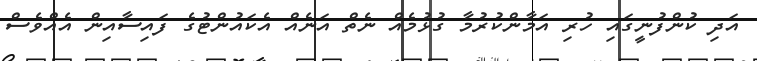
އަދި ކުންފުނީގައި ހުރި އަމާންކުރުމާ ގުޅުމެއް ނެތް އަނެއް އެކައުންޓުގެ ފައިސާއިން އެއްވެސް